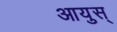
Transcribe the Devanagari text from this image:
आयुस्